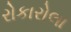
રોકારોલા